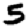
Digit: 5